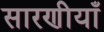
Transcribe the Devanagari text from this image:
सारणीयाँ